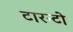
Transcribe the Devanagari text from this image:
टारन्टो